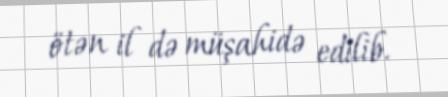
ötən il də müşahidə edilib.